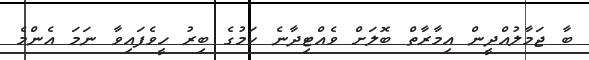
ބާ ޖަމާލުއްދީން އިމާރާތް ބޮލަށް ވެއްޓިދާނެ ކަމުގެ ބިރު ހީވެފައިވާ ނަމަ އެންމެ